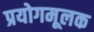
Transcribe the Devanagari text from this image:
प्रयोगमूलक